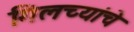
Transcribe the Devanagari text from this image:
गिलच्यांचे